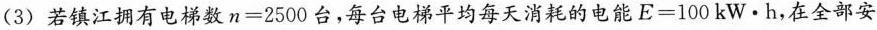
(3)若镇江拥有电梯数$$n=2500$$台，每台电梯平均每天消耗的电能$$E=100kW·h$$，在全部安